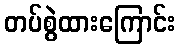
တပ်စွဲထားကြောင်း